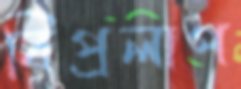
বিপ্রলাপ